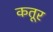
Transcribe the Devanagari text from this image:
कतूर